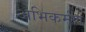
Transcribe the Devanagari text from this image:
अभिकर्मण